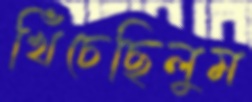
খিঁচেছিলুম